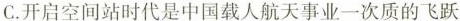
C.开启空间站时代是中国载人航天事业一次质的飞跃